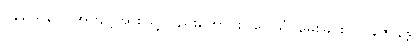
ဝိနယေနဝါ၊ အကျင့်အားဖြင့်လည်းကောင်း။ ပေါသံ၊ မွေးခြင်းငှာ။ နဇာနန္တိ၊